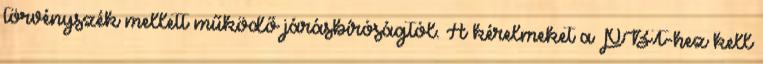
törvényszék mellett működő járásbíróságtól. A kérelmeket a PBT-hez kell